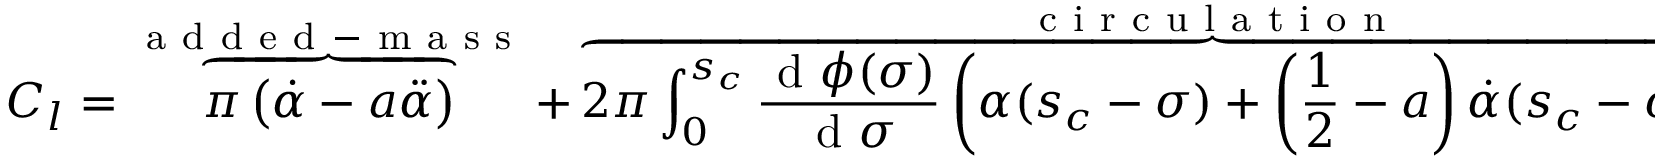
C _ { l } = \overbrace { \vphantom { \int } \pi \left( \dot { \alpha } - a \ddot { \alpha } \right) } ^ { \mathrm { ~ a ~ d ~ d ~ e ~ d ~ - ~ m ~ a ~ s ~ s ~ } } + \overbrace { 2 \pi \int _ { 0 } ^ { s _ { c } } \frac { \mathrm { ~ d ~ } \phi ( \sigma ) } { \mathrm { ~ d ~ } \sigma } \left( \alpha ( s _ { c } - \sigma ) + \left( \frac { 1 } { 2 } - a \right) \dot { \alpha } ( s _ { c } - \sigma ) \right) \, \mathrm { ~ d ~ } \sigma } ^ { \mathrm { ~ c ~ i ~ r ~ c ~ u ~ l ~ a ~ t ~ i ~ o ~ n ~ } } ,